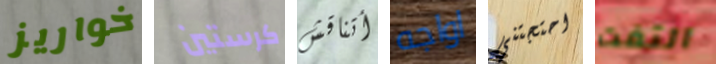
خواريز كرستين أتناقش اواجه احتجتني التفت